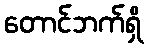
တောင်ဘက်ရှိ